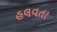
હલવતા